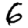
Digit: 6